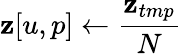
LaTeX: \mathbf{z}[u,p]\gets\frac{{\mathbf{z}_{tmp}}}{{N}}